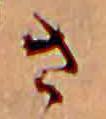
さ